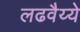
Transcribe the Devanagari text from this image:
लढवैय्ये